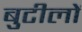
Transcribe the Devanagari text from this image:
बुटीलों